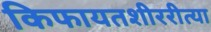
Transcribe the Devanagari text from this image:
किफायतशीररीत्या